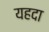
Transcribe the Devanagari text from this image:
यहदा